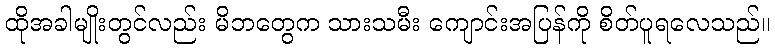
ထိုအခါမျိုးတွင်လည်း မိဘတွေက သားသမီး ကျောင်းအပြန်ကို စိတ်ပူရလေသည်။